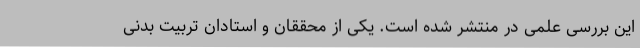
این بررسی علمی در منتشر شده است. یکی از محققان و استادان تربیت بدنی